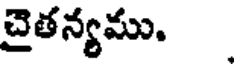
చైతన్యము.